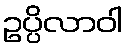
ဥပ္ပိလာဝါ